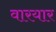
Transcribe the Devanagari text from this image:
वारयार